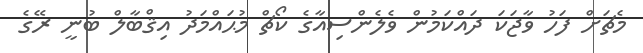
މެޗަށް ފަހު ވާޖަކަ ދައްކަމުން ވެލެންސިއާގެ ކޯޗް މުޙައްމަދު އިޤްބާލް ބުނީ ރޭގެ